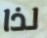
لذا